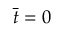
\bar { t } = 0